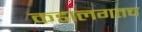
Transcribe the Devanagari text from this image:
कडालगतच